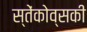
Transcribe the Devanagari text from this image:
स्तेंकोव्सकी